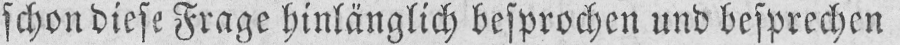
schon diese Frage hinlänglich besprochen und besprechen